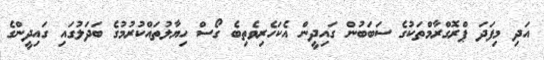
އަދި މިފަދަ ޕްރޮގްރާމްތަކުގެ ސަބަބުން ގައިދީން އެކަހެރިވެތިބެ ގޯސް ހިޔާލުތައްކުރުމުގެ ބަދަލުގައި ގައިދީންގެ